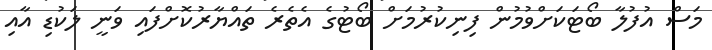
މަސް އުފުލާ ބޯޓަކަށްވުމުން ފިނިކުރުމަށް ބޯޓުގެ އެތެރެ ތައްޔާރުކޮށްފައި ވަނީ ލަކުޑި އާއި